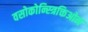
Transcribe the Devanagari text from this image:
वसोकोन्स्त्रिक्तिओन